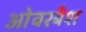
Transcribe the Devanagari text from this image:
ओवरबैश